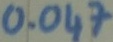
Text: 0.047